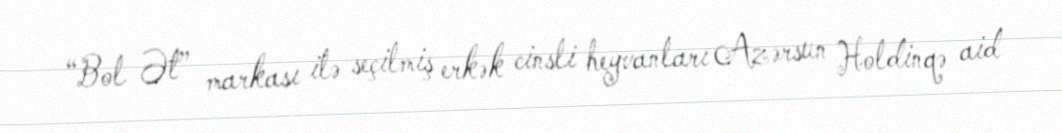
“Bol Ət” markası ilə seçilmiş erkək cinsli heyvanları Azərsun Holdinqə aid